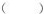
()